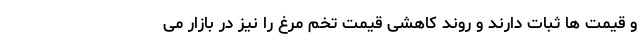
و قیمت ها ثبات دارند و روند کاهشی قیمت تخم مرغ را نیز در بازار می